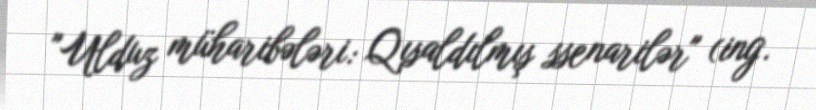
"Ulduz müharibələri: Qısaldılmış ssenarilər" (ing.